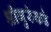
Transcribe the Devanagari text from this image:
श्रीगुरुंकडे